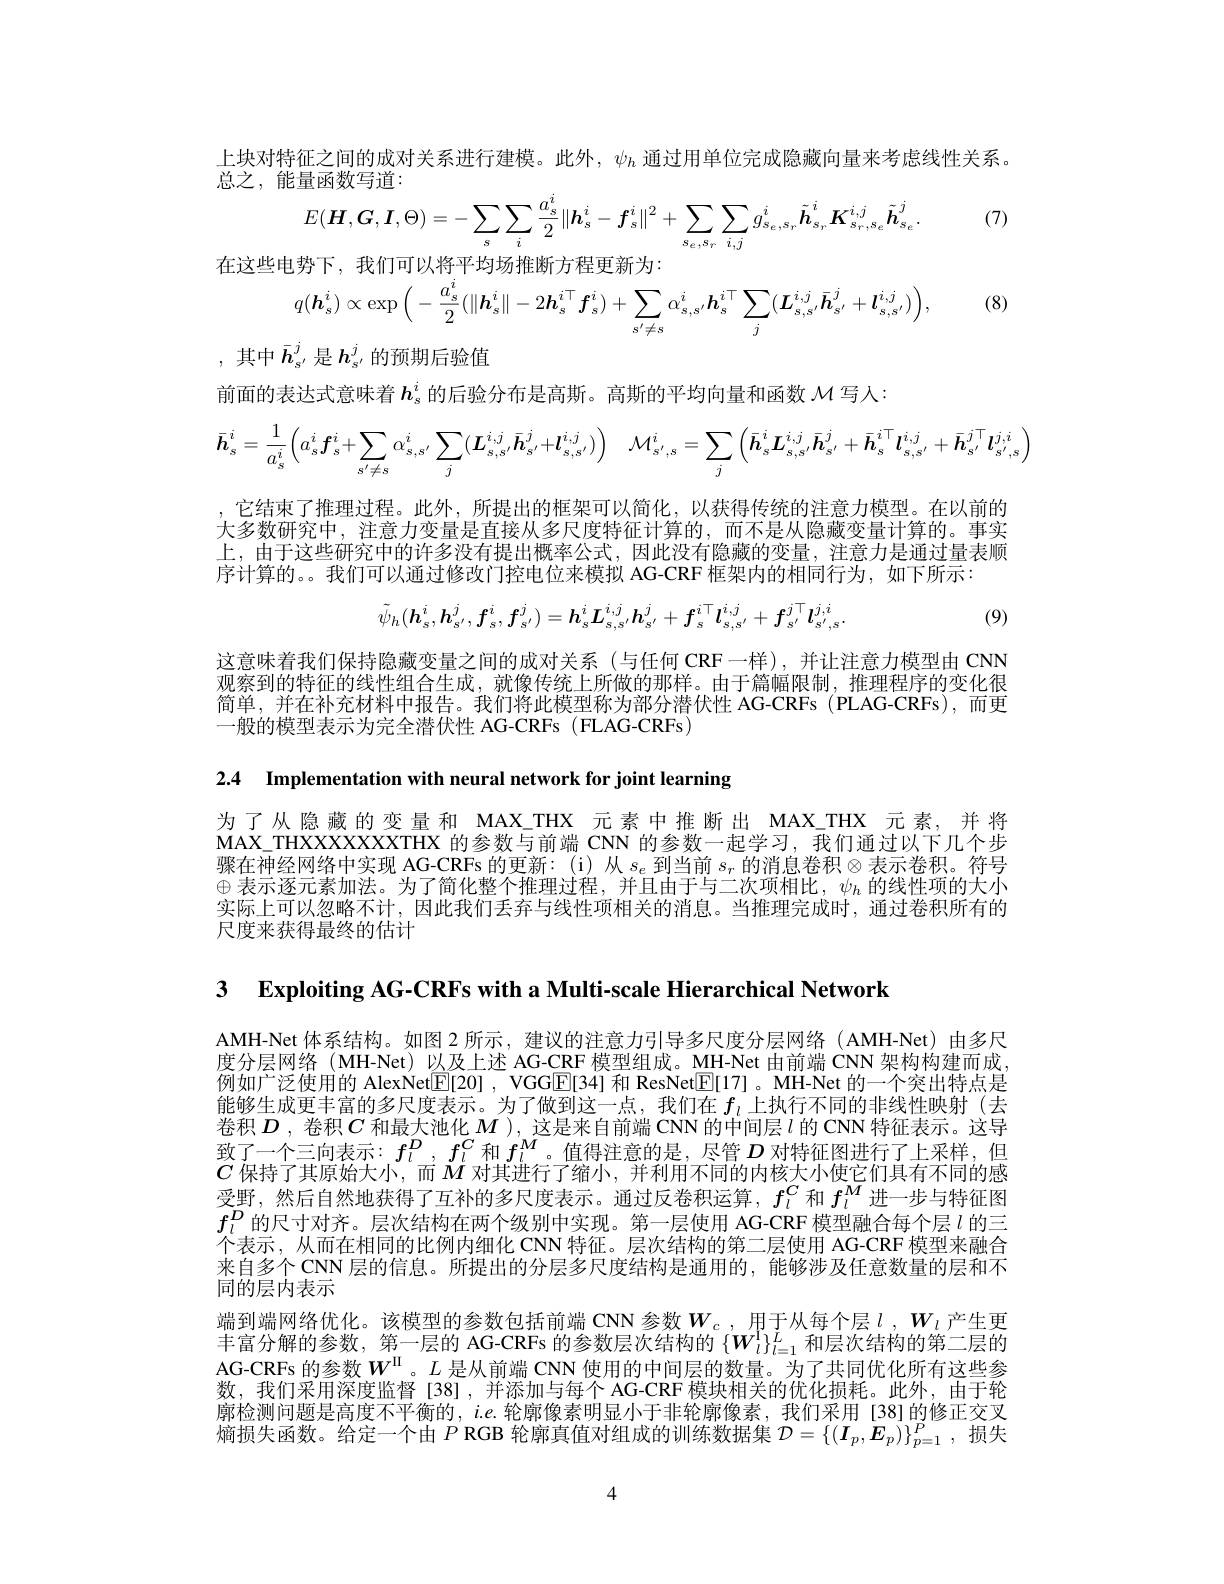
上块对特征之间的成对关系进行建模。此外，$\psi_h$通过用单位完成隐藏向量来考虑线性关系。

总之，能量函数写道：
$$E(\boldsymbol{H},\boldsymbol{G},\boldsymbol{I},\Theta)=-\sum_{s}\sum_{i}\frac{a_{s}^{i}}{2}\|\boldsymbol{h}_{s}^{i}-\boldsymbol{f}_{s}^{i}\|^{2}+\sum_{s_{e},s_{r}}\sum_{i,j}g_{s_{e},s_{r}}^{i}\tilde{\boldsymbol{h}}_{s_{r}}^{i}\boldsymbol{K}_{s_{r},s_{e}}^{i,j}\tilde{\boldsymbol{h}}_{s_{e}}^{j}.\\\text{电势下,我们可以将平均场推断方程更新为:}\\q(\boldsymbol{h}_{s}^{i})\propto\exp\left(-\frac{a_{s}^{i}}{2}(\|\boldsymbol{h}_{s}^{i}\|-2\boldsymbol{h}_{s}^{i\top}\boldsymbol{f}_{s}^{i})+\sum_{s^{\prime}\neq s}\alpha_{s,s^{\prime}}^{i}\boldsymbol{h}_{s}^{i\top}\sum_{j}(\boldsymbol{L}_{s,s^{\prime}}^{i,j}\bar{\boldsymbol{h}}_{s^{\prime}}^{j}+\boldsymbol{l}_{s,s^{\prime}}^{i,j})\right),$$
(8)

,其中$\bar{h}_{s^{\prime}}^j$是$h_{s^{\prime}}^j$的预期后验值

前面的表达式意味着$h_\mathrm{s}^i$的后验分布是高斯。高斯的平均向量和函数$\mathcal{M}$写人：
$$\bar{\boldsymbol{h}}_{s}^{i}=\frac{1}{a_{s}^{i}}\Big(a_{s}^{i}\boldsymbol{f}_{s}^{i}+\sum_{{s^{\prime}\neq s}}\alpha_{s,s^{\prime}}^{i}\sum_{j}(\boldsymbol{L}_{s,s^{\prime}}^{i,j}\bar{\boldsymbol{h}}_{s^{\prime}}^{j}+\boldsymbol{l}_{s,s^{\prime}}^{i,j})\Big)\quad\mathcal{M}_{{s^{\prime},s}}^{i}=\sum_{j}\left(\bar{\boldsymbol{h}}_{s}^{i}\boldsymbol{L}_{s,s^{\prime}}^{i,j}\bar{\boldsymbol{h}}_{s^{\prime}}^{j}+\bar{\boldsymbol{h}}_{s}^{i\top}\boldsymbol{l}_{s,s^{\prime}}^{i,j}+\bar{\boldsymbol{h}}_{s^{\prime}}^{j\top}\boldsymbol{l}_{s^{\prime},s}^{j,i}\right)$$
,它结束了推理过程。此外，所提出的框架可以简化，以获得传统的注意力模型。在以前的大多数研究中，注意力变量是直接从多尺度特征计算的，而不是从隐藏变量计算的。事实上，由于这些研究中的许多没有提出概率公式，因此没有隐藏的变量，注意力是通过量表顺序计算的。。我们可以通过修改门控电位来模拟 AG-CRF 框架内的相同行为，如下所示：
$$\tilde{\psi}_{h}(\boldsymbol{h}_{s}^{i},\boldsymbol{h}_{s^{\prime}}^{j},\boldsymbol{f}_{s}^{i},\boldsymbol{f}_{s^{\prime}}^{j})=\boldsymbol{h}_{s}^{i}\boldsymbol{L}_{s,s^{\prime}}^{i,j}\boldsymbol{h}_{s^{\prime}}^{j}+\boldsymbol{f}_{s}^{i\top}\boldsymbol{l}_{s,s^{\prime}}^{i,j}+\boldsymbol{f}_{s^{\prime}}^{j\top}\boldsymbol{l}_{s^{\prime},s}^{j,i}.$$
(9)

这意味着我们保持隐藏变量之间的成对关系 (与任何 CRF一样),并让注意力模型由 CNN 观察到的特征的线性组合生成，就像传统上所做的那样。由于篇幅限制，推理程序的变化很简单，并在补充材料中报告。我们将此模型称为部分潜伏性 AG-CRFs (PLAG-CRFs),而更一般的模型表示为完全潜伏性 AG-CRFs (FLAG-CRFs)

2.4 Implementation with neural network for joint learning

为了从隐藏的变量和 MAX\_THX 元素中推断出 MAX\_THX 元素，并将MAX\_THXXXXXXXTHX 的参数与前端 CNN 的参数一起学习，我们通过以下几个步骤在神经网络中实现 AG-CRFs 的更新：(i)从 $s_e$ 到当前 $s_r$ 的消息卷积$\otimes$表示卷积。符号$\oplus$表示逐元素加法。为了简化整个推理过程，并且由于与二次项相比，$\psi_h$的线性项的大小实际上可以忽略不计，因此我们丢弃与线性项相关的消息。当推理完成时，通过卷积所有的尺度来获得最终的估计

3 $\textbf{Exploiting AG- CRFs with a Multi- scale Hierarchical Network}$

AMH-Net 体系结构。如图 2 所示，建议的注意力引导多尺度分层网络(AMH-Net)由多尺度分层网络(MH-Net)以及上述 AG-CRF 模型组成。MH-Net 由前端 CNN 架构构建而成例如广泛使用的 AlexNet[E[20] , VGG[E[34] 和 ResNet[E[17]。MH-Net 的一个突出特点是能够生成更丰富的多尺度表示。为了做到这一点，我们在$f_l$上执行不同的非线性映射(去卷积$D$ ,卷积$C$和最大池化$M$ ), 这是来自前端 CNN 的中间层$l$的 CNN 特征表示。这导致了一个三向表示：$f_l^D,f_l^C$和$f_l^M$ 。值得注意的是，尽管$D$对特征图进行了上采样，但$C$保持了其原始大小，而$M$对其进行了缩小，并利用不同的内核大小使它们具有不同的感受野，然后自然地获得了互补的多尺度表示。通过反卷积运算，$f_l^C$和$f_l^M$进一步与特征图$f_l^{D}$的尺寸对齐。层次结构在两个级别中实现。第一层使用 AG-CRF 模型融合每个层$l$的三个表示，从而在相同的比例内细化 CNN 特征。层次结构的第二层使用 AG-CRF 模型来融合来自多个CNN层的信息。所提出的分层多尺度结构是通用的，能够涉及任意数量的层和不同的层内表示
端到端网络优化。该模型的参数包括前端 CNN 参数$W_c$ ,用于从每个层 $l$ , $W_l$ 产生更丰富分解的参数，第一层的 AG-CRFs 的参数层次结构的$\{\boldsymbol W_l^1\}_{l=1}^L$和层次结构的第二层的AG-CRFs 的参数$W^\mathrm{\Pi}$。$L$ 是从前端 CNN 使用的中间层的数量。为了共同优化所有这些参数，我们采用深度监督[38],并添加与每个 AG-CRF 模块相关的优化损耗。此外，由于轮廓检测问题是高度不平衡的，$i.e.$轮廓像素明显小于非轮廓像素，我们采用[38]的修正交叉熵损失函数。给定一个由$P$ RGB 轮廓真值对组成的训练数据集$\mathcal{D}=\{(\boldsymbol{I}_p,\boldsymbol{E}_p)\}_{p=1}^P$,损失

4